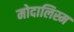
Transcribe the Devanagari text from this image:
मोदालिस्म